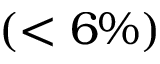
( < 6 \% )